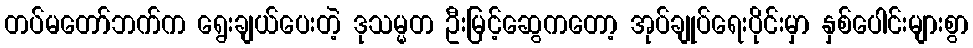
တပ်မတော်ဘက်က ရွေးချယ်ပေးတဲ့ ဒုသမ္မတ ဦးမြင့်ဆွေကတော့ အုပ်ချုပ်ရေးပိုင်းမှာ နှစ်ပေါင်းများစွာ